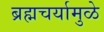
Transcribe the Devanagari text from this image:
ब्रह्मचर्यामुळे